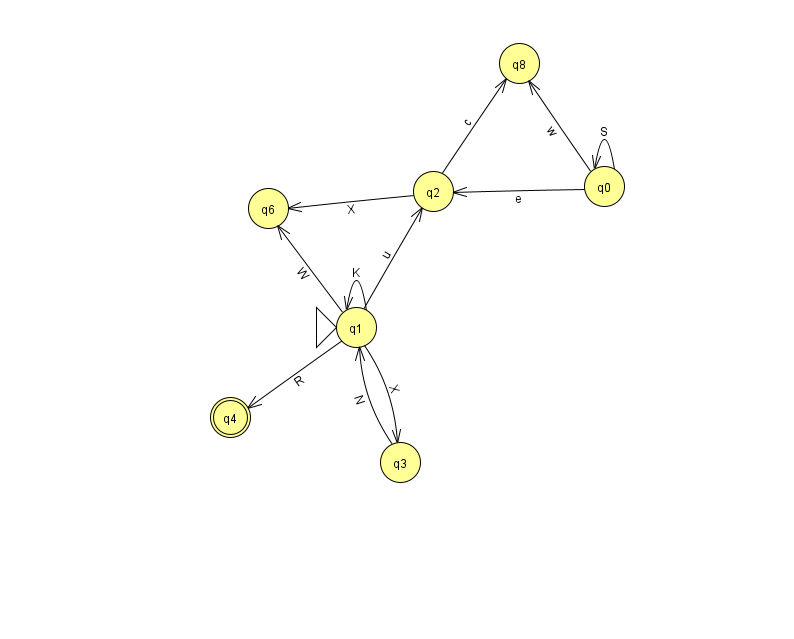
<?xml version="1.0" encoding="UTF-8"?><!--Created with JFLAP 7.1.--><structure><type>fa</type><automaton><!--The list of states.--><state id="0" name="q0"><x>604.0</x><y>173.0</y></state><state id="1" name="q1"><x>356.0</x><y>314.0</y><initial/></state><state id="2" name="q2"><x>433.0</x><y>178.0</y></state><state id="3" name="q3"><x>400.0</x><y>449.0</y></state><state id="4" name="q4"><x>230.0</x><y>404.0</y><final/></state><state id="6" name="q6"><x>268.0</x><y>195.0</y></state><state id="8" name="q8"><x>519.0</x><y>50.0</y></state><!--The list of transitions.--><transition><from>0</from><to>8</to><read>w</read></transition><transition><from>1</from><to>3</to><read>X</read></transition><transition><from>2</from><to>8</to><read>c</read></transition><transition><from>0</from><to>0</to><read>S</read></transition><transition><from>0</from><to>2</to><read>e</read></transition><transition><from>1</from><to>6</to><read>W</read></transition><transition><from>3</from><to>1</to><read>N</read></transition><transition><from>2</from><to>6</to><read>X</read></transition><transition><from>1</from><to>1</to><read>K</read></transition><transition><from>1</from><to>4</to><read>R</read></transition><transition><from>1</from><to>2</to><read>u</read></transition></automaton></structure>